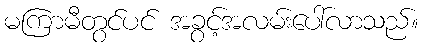
မကြာမီတွင်ပင် အခွင့်အလမ်းပေါ်လာသည်။